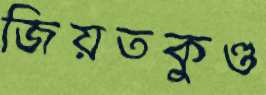
জিয়তকুণ্ড